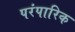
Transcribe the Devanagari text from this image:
परंपारिक